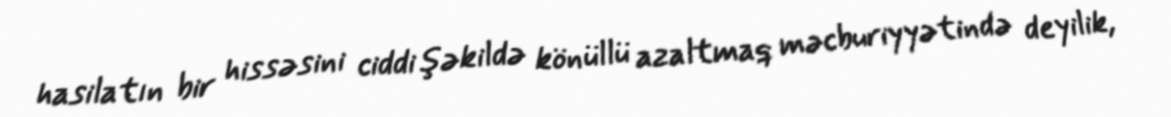
hasilatın bir hissəsini ciddi şəkildə könüllü azaltmaq məcburiyyətində deyilik,